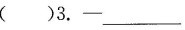
()3. -___